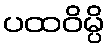
ပထဝိမ္ပိ